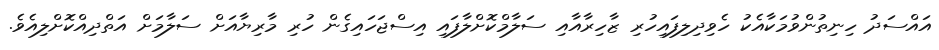
އައްސަދު ހިނިތުންވުމަކާއެކު ހެވިދިލިފައިހުރި ޒާހިރާއާއި ސަލާމްކޮށްލާފައި އިސްޖަހައިގެން ހުރި މާރިޔާއަށް ސަލާމަށް އަތްދިއްކޮށްލިއެވެ.